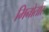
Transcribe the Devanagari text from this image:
मिनोतोर